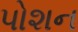
પોશન